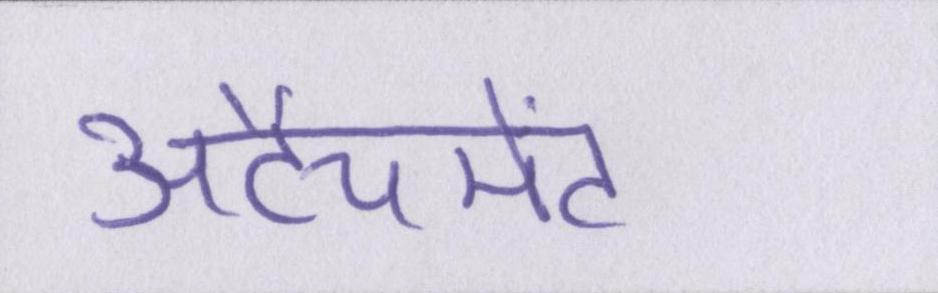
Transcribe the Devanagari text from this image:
अटैचमेंट